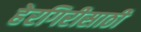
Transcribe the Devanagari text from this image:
हेरगिरीसाठी